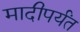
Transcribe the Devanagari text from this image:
मादीपर्यंत